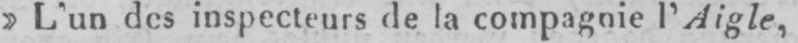
»L’un des inspecteurs de la compagnie l’Aigle,